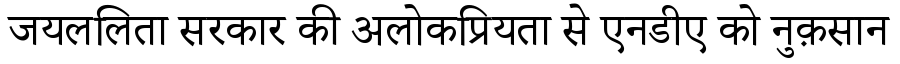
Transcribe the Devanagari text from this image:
जयललिता सरकार की अलोकप्रियता से एनडीए को नुक़सान